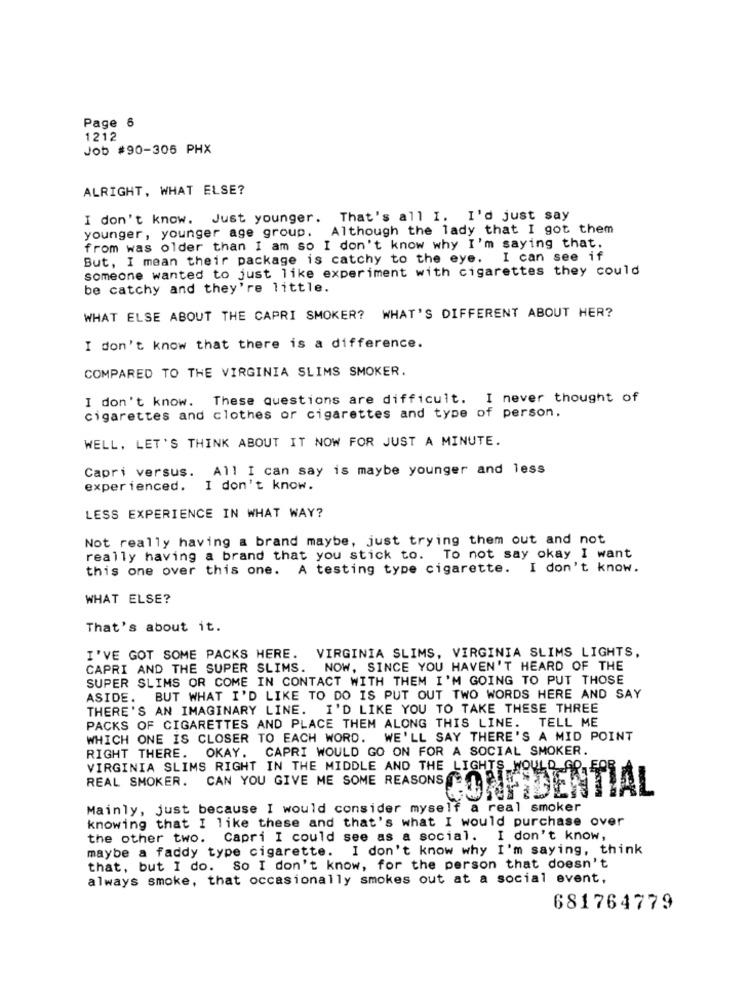
Page 6
1212
Job #90-306 PHX
ALRIGHT, WHAT ELSE?
I don't know. Just younger. That's all I. I'd just say
younger, younger age group. Although the lady that I got them
from was older than I am so I don't know why I'm saying that.
But, I mean their package is catchy to the eye. I can see if
someone wanted to just like experiment with cigarettes they could
be catchy and they're little.
WHAT ELSE ABOUT THE CAPRI SMOKER? WHAT'S DIFFERENT ABOUT HER?
I don't know that there is a difference.
COMPARED TO THE VIRGINIA SLIMS SMOKER.
I don't know. These questions are difficult. I never thought of
cigarettes and clothes or cigarettes and type of person.
WELL, LET'S THINK ABOUT IT NOW FOR JUST A MINUTE.
Capri versus. All I can say is maybe younger and less
experienced. I don't know.
LESS EXPERIENCE IN WHAT WAY?
Not really having a brand maybe, just trying them out and not
really having a brand that you stick to. To not say okay I want
this one over this one. A testing type cigarette. I don't know.
WHAT ELSE?
That's about it.
VIRGINIA SLIMS, VIRGINIA SLIMS LIGHTS,
I'VE GOT SOME PACKS HERE.
CAPRI AND THE SUPER SLIMS.
NOW, SINCE YOU HAVEN'T HEARD OF THE
SUPER SLIMS OR COME IN CONTACT WITH THEM I'M GOING TO PUT THOSE
ASIDE. BUT WHAT I'D LIKE TO DO IS PUT OUT TWO WORDS HERE AND SAY
THERE'S AN IMAGINARY LINE. I'D LIKE YOU TO TAKE THESE THREE
PACKS OF CIGARETTES AND PLACE THEM ALONG THIS LINE. TELL ME
WHICH ONE IS CLOSER TO EACH WORD.
WE'LL SAY THERE'S A MID POINT
RIGHT THERE. OKAY. CAPRI WOULD GO ON FOR A SOCIAL SMOKER.
VIRGINIA SLIMS RIGHT IN THE MIDDLE AND THE LIGHTS WOULD FRE
REAL SMOKER. CAN YOU GIVE ME SOME REASONS CONFIDENTIAL
Mainly, just because I would consider myself a real smoker
knowing that I like these and that's what I would purchase over
the other two. Capri I could see as a social. I don't know,
maybe a faddy type cigarette. I don't know why I'm saying, think
that, but I do. So I don't know, for the person that doesn't
always smoke, that occasionally smokes out at a social event,
681764779